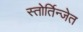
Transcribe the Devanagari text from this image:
स्तोर्तिन्जेत